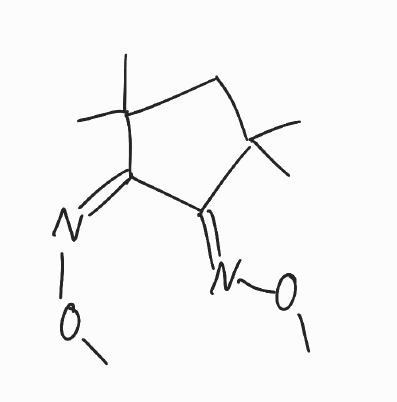
Simplified molecular-input line-entry system (SMILES) notation of the given molecule:
CC1(/C(=N\OC)/C(=N/OC)/C(C1)(C)C)C